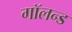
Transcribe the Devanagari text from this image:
गॉलन्ड